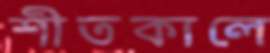
শীতকালে